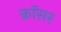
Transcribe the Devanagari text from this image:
क्रॉसर